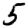
Digit: 5